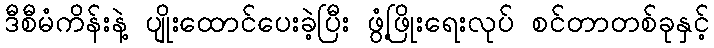
ဒီစီမံကိန်းနဲ့ ပျိုးထောင်ပေးခဲ့ပြီး ဖွံ့ဖြိုးရေးလုပ် စင်တာတစ်ခုနှင့်